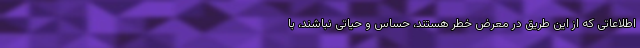
اطلاعاتی که از این طریق در معرض خطر هستند، حساس و حیاتی نباشند، با